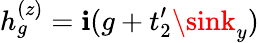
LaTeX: h_{g}^{(z)}=\mathbf{i}(g+t_{2}^{\prime}\sink_{y})